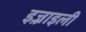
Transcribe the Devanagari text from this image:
इज़्राइली